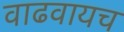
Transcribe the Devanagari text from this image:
वाढवायच